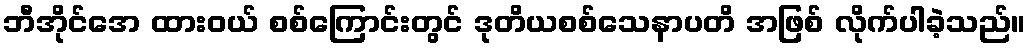
ဘီအိုင်အေ ထားဝယ် စစ်ကြောင်းတွင် ဒုတိယစစ်သေနာပတိ အဖြစ် လိုက်ပါခဲ့သည်။